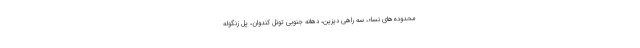
محدوده‌های نساء، سه راهی دیزین، دهانه جنوبی تونل کندوان، پل زنگوله